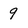
Character: 9